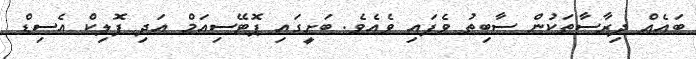
ބައެއް ދިރާސާތަކުން ސާބިތު ވެފައި ވެއެވެ. ބަށީގައި ޕޮޓޭސިއަމް އަދި ފޮލިކް އެސިޑް